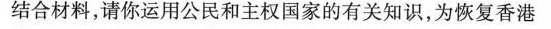
结合材料，请你运用公民和主权国家的有关知识，为恢复香港